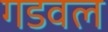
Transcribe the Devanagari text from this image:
गडवल